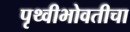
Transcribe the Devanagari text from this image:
पृथ्वीभोवतीचा